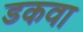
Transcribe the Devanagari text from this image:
डकवा